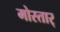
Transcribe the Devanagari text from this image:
मोस्तार्